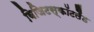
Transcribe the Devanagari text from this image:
विजिटस्कॉटलैंड